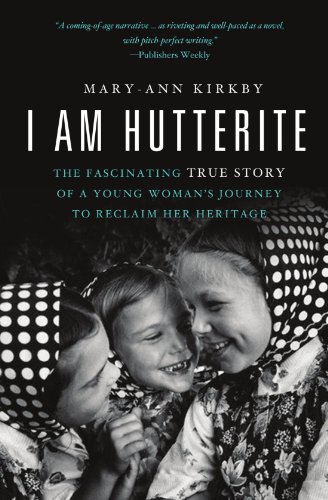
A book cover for I Am Hutterite: The Fascinating True Story of a Young Woman's Journey to Reclaim Her Heritage; Mary-Ann Kirkby; Biographies & Memoirs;